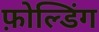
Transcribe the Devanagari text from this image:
फ़ोल्डिंग